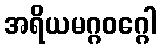
အရိယမဂ္ဂဝဂ္ဂေါ